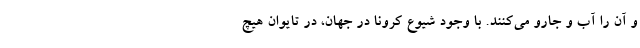
و آن را آب و جارو می‌کنند. با وجود شیوع کرونا در جهان، در تایوان هیچ